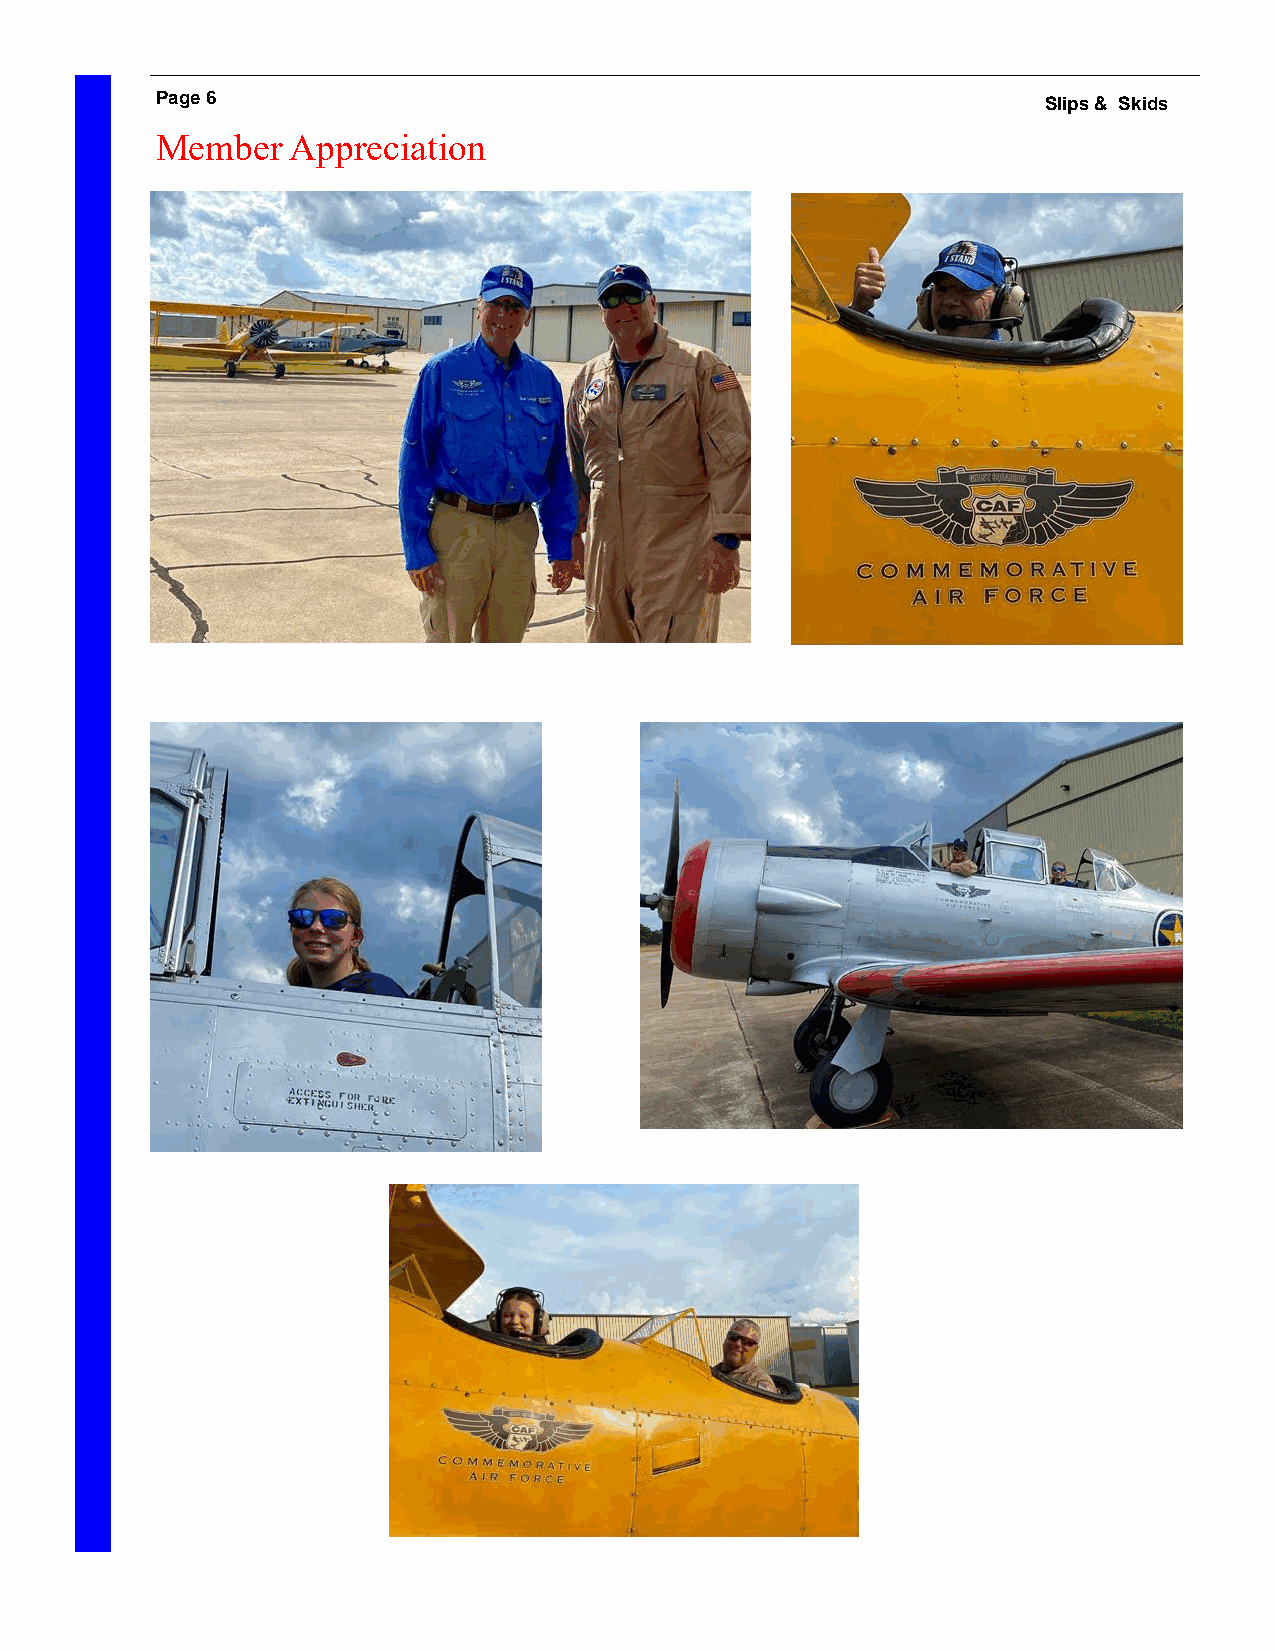
Page 6                                                     Slips & Skids
 Member   Appreciation